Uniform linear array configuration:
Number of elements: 64
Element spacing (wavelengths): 0.75
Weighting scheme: blackman
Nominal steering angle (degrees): -60
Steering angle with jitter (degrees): -61.277
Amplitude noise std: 0.05
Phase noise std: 0.05

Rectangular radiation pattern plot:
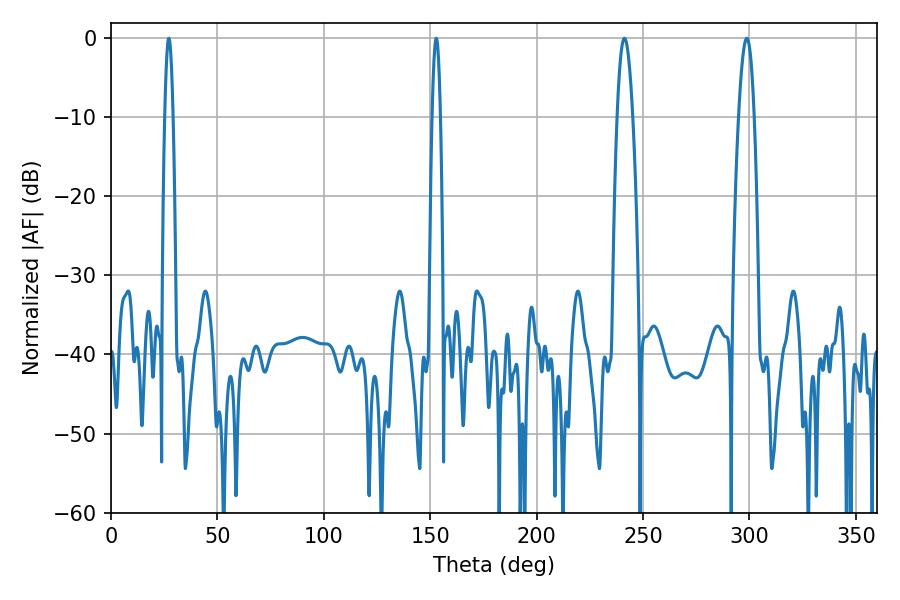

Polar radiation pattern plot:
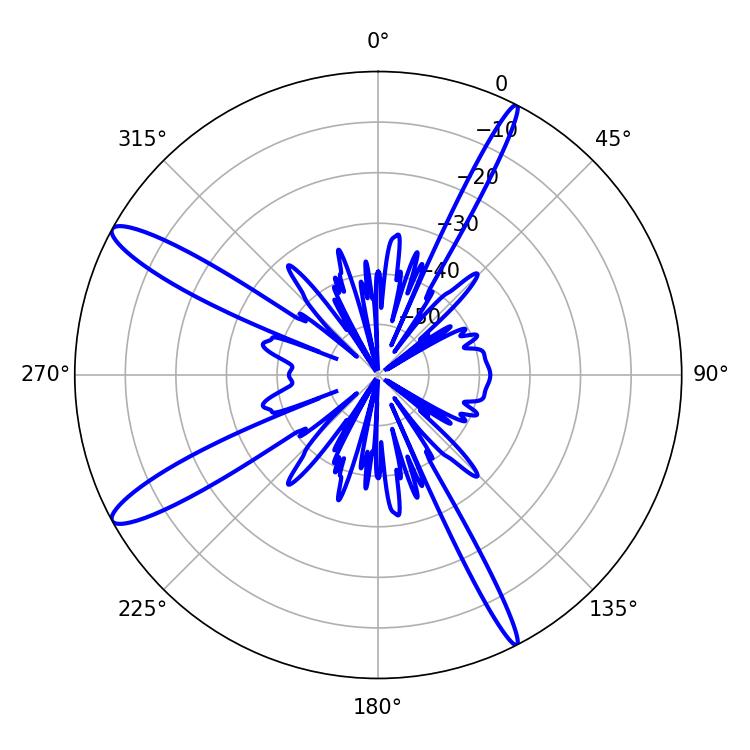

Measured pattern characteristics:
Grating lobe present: TRUE
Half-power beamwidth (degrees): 2.16
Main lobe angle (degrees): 27.18